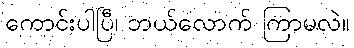
ကောင်းပါပြီ၊ ဘယ်လောက် ကြာမလဲ။